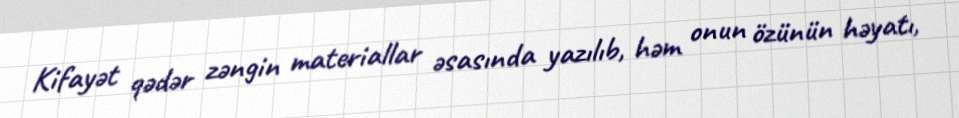
Kifayət qədər zəngin materiallar əsasında yazılıb, həm onun özünün həyatı,